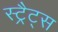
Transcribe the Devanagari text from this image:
स्ट्रैट्‍स